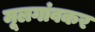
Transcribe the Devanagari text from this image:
मूलगांवकर